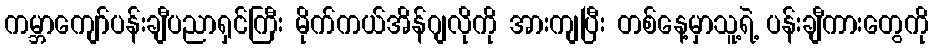
ကမ္ဘာကျော်ပန်းချီပညာရှင်ကြီး မိုက်ကယ်အိန်ဂျလိုကို အားကျပြီး တစ်နေ့မှာသူ့ရဲ့ ပန်းချီကားတွေကို